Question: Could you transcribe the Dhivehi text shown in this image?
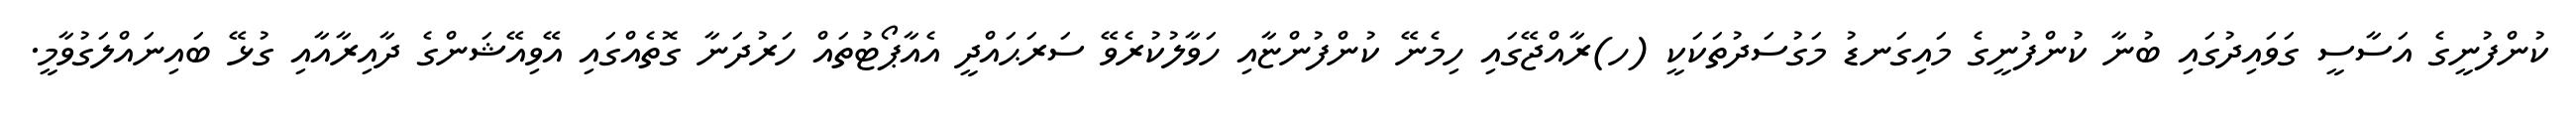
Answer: ކުންފުނީގެ އަސާސީ ގަވައިދުގައި ބުނާ ކުންފުނީގެ މައިގަނޑު މަގުސަދުތަކަކީ (ހ)ރާއްޖޭގައި ހިމެނޭ ކުންފުންޏާއި ހަވާލުކުރެވޭ ސަރަޙައްދީ އެއާޕޯޓުތައް ހަރުދަނާ ގޮތެއްގައި އޭވިއޭޝަންގެ ދާއިރާއާއި ގުޅޭ ބައިނައްލަގުވާމީ.